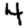
Digit: 4